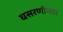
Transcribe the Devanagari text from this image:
घसरणीनंतर